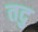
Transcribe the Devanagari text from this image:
तदु